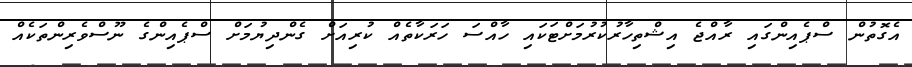
އެގޮތުން ސްޕެއިންގައި ރާއްޖެ އިޝްތިހާރުކުރުމަށްޓަކައިި ހާއްސަ ހަރަކާތެއް ކުރިއަށް ގެންދިޔުމަށް ސްޕެއިންގެ ނޫސްވެރިންތަކެއް